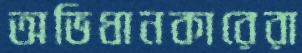
অভিধানকারেরা